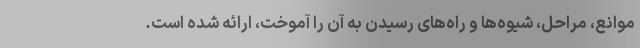
موانع، مراحل، شیوه‌ها و راه‌های رسیدن به آن را آموخت، ارائه شده است.